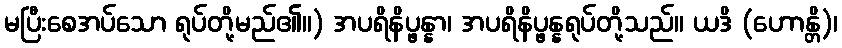
မပြီးစေအပ်သော ရုပ်တို့မည်၏။) အပရိနိပ္ဖန္နာ၊ အပရိနိပ္ဖန္နရုပ်တို့သည်။ ယဒိ (ဟောန္တိ)၊